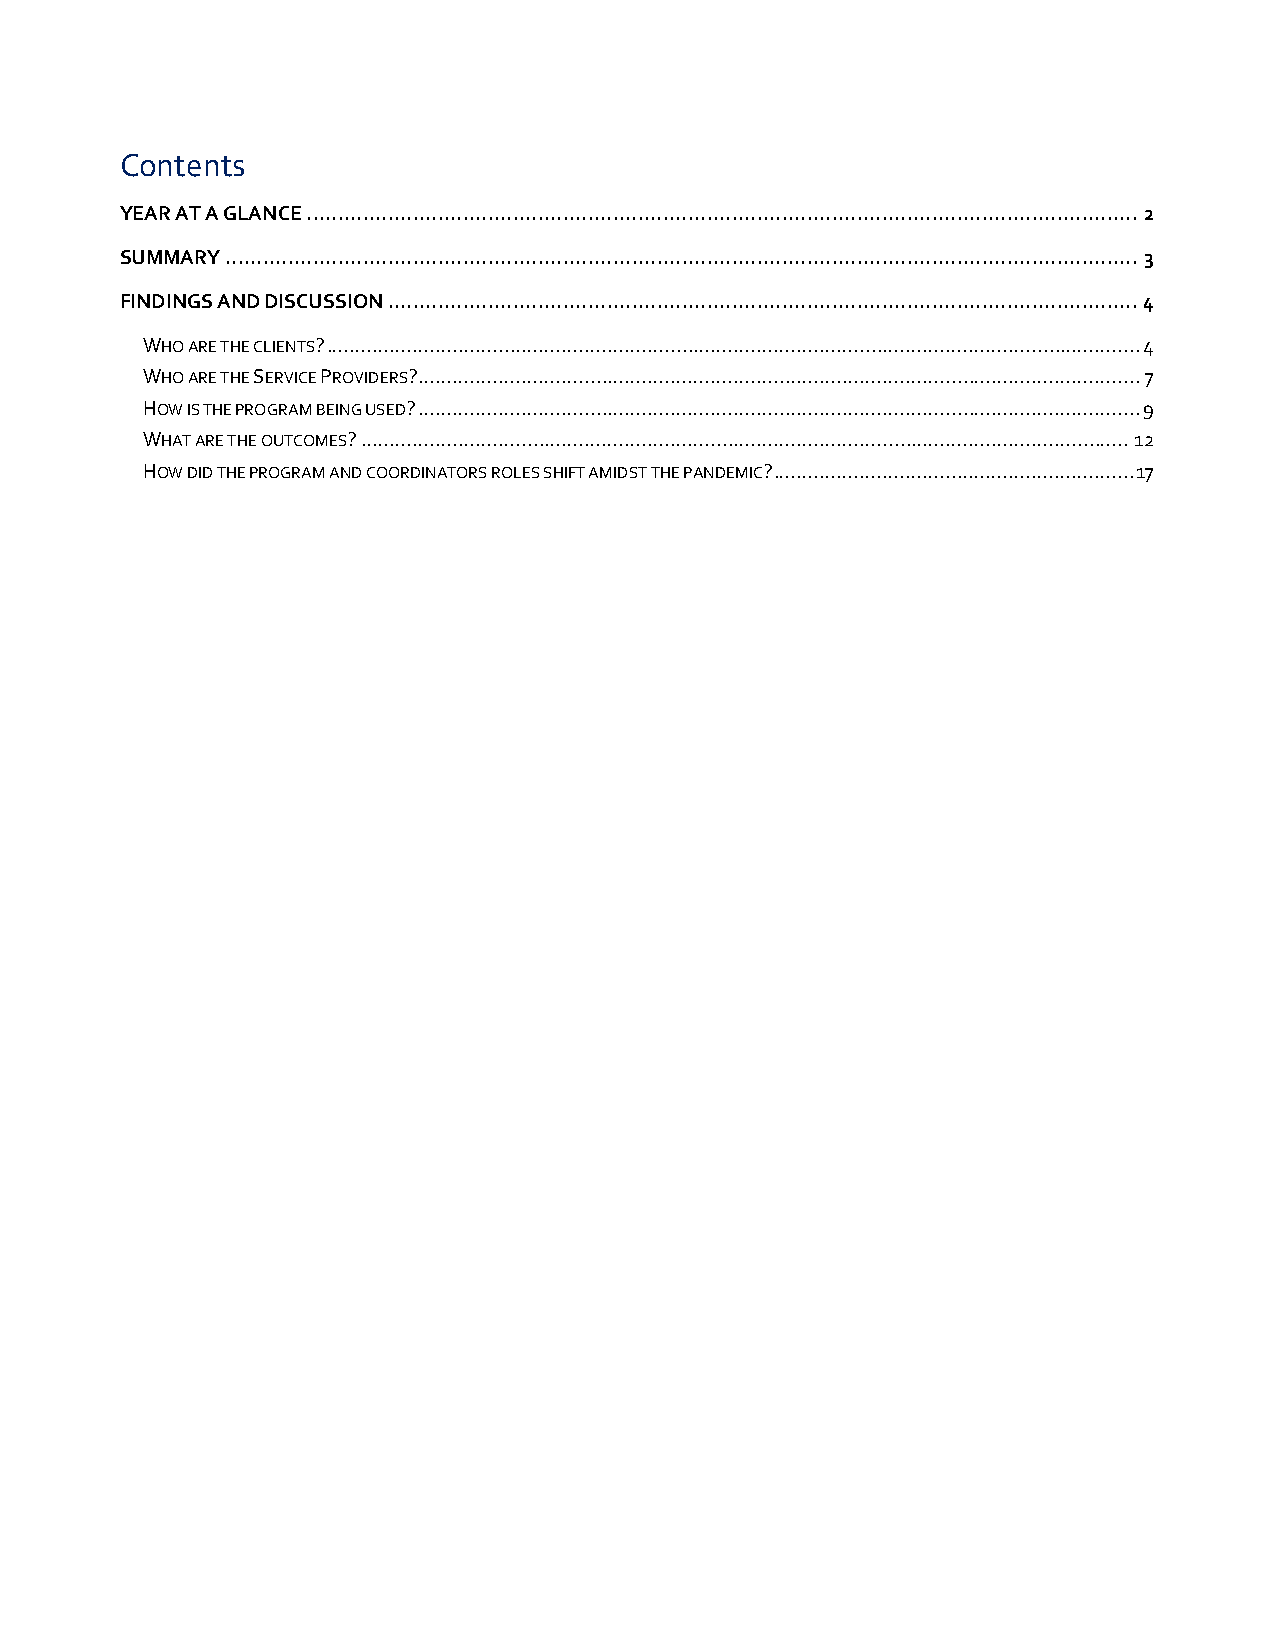
Contents
 YEAR AT A GLANCE ..................................................................................................................................... 2
 SUMMARY .................................................................................................................................................. 3
 FINDINGS AND DISCUSSION ........................................................................................................................ 4
 WHO ARE THE CLIENTS? .............................................................................................................................................. 4
 WHO ARE THE SERVICE PROVIDERS? .............................................................................................................................. 7
 HOW IS THE PROGRAM BEING USED? .............................................................................................................................. 9
 WHAT ARE THE OUTCOMES? ...................................................................................................................................... 12
 HOW DID THE PROGRAM AND COORDINATORS ROLES SHIFT AMIDST THE PANDEMIC? ............................................................... 17